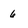
Character: 6